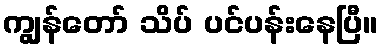
ကျွန်တော် သိပ် ပင်ပန်းနေပြီ။